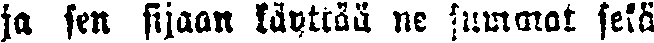
ja sen sijaan käyttää ne summat sekä